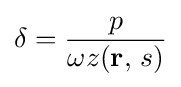
\delta ={\frac {p}{\omega z(\mathbf {r} ,\,s)}}